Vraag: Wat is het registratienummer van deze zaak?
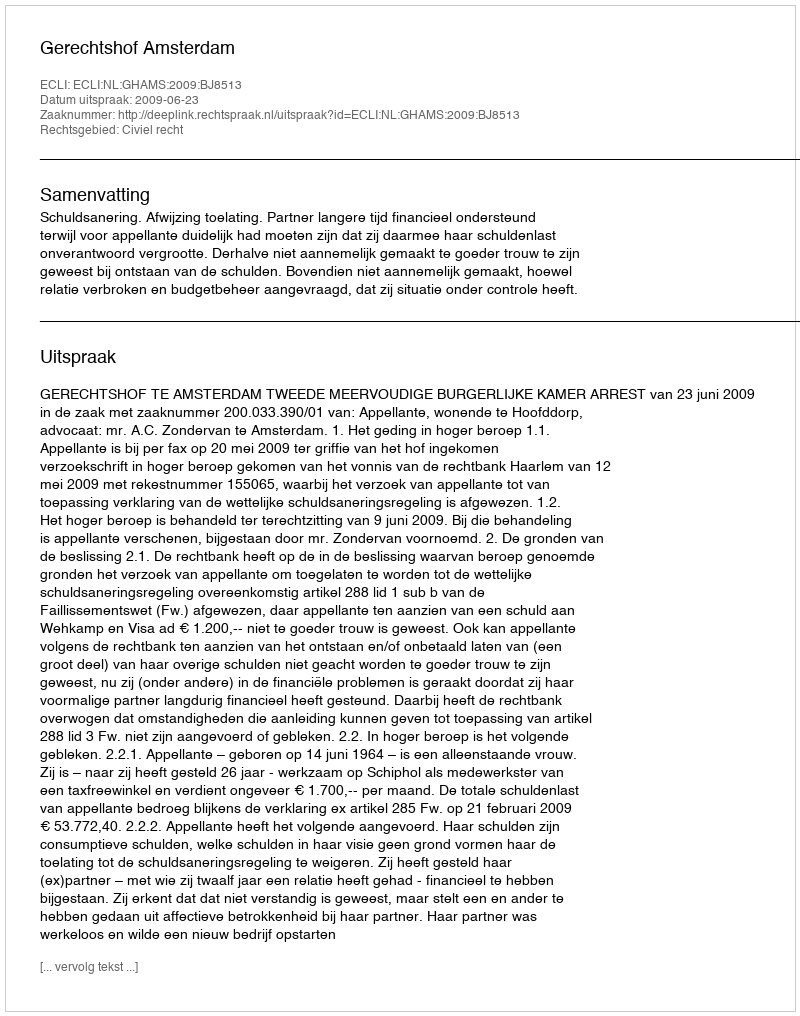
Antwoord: http://deeplink.rechtspraak.nl/uitspraak?id=ECLI:NL:GHAMS:2009:BJ8513